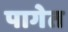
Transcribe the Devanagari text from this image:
पागेत